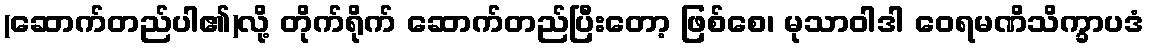
(ဆောက်တည်ပါ၏)လို့ တိုက်ရိုက် ဆောက်တည်ပြီးတော့ ဖြစ်စေ၊ မုသာဝါဒါ ဝေရမဏိသိက္ခာပဒံ